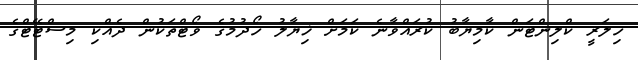
ހިލަރީ ކްލިންޓަން ކާމިޔާބު ކުރައްވާނެ ކަމަށް ޚިޔާލު ހޯދުމުގެ ވޯޓްތަކުން ދެއްކި މިސްޓޭޓްގެ